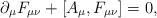
LaTeX: \begin{align*}\partial_\mu F_{\mu \nu} + [ A_\mu, F_{ \mu \nu } ] = 0,\end{align*}